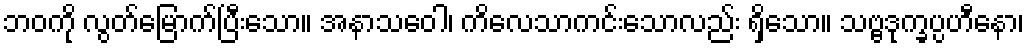
ဘဝကို လွတ်မြောက်ပြီးသော။ အနာသဝေါ၊ ကိလေသာကင်းသောလည်း ရှိသော။ သဗ္ဗဒုက္ခပ္ပဟီနော၊